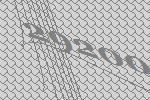
29200